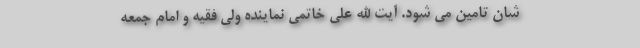
شان تامین می شود. آیت الله علی خاتمی نماینده ولی فقیه و امام جمعه